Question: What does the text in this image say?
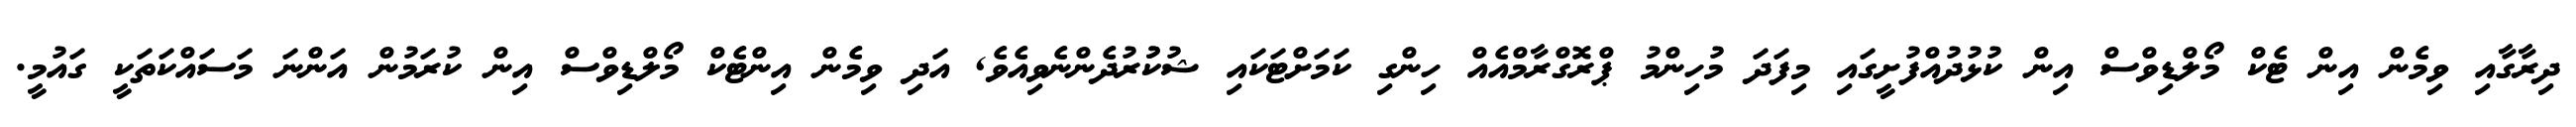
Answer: ދިރާގާއި ވިމެން އިން ޓެކް މޯލްޑިވްސް އިން ކުޅުދުއްފުށީގައި މިފަދަ މުހިންމު ޕްރޮގްރާމްއެއް ހިންގި ކަމަށްޓަކައި ޝުކުުރުދެންނެވިއެވެ, އަދި ވިމެން އިންޓެކް މޯލްޑިވްސް އިން ކުރަމުން އަންނަ މަސައްކަތަކީ ގައުމީ.